Civil Veterinary Department. Madras. Admin. report 1910-25 - 1910-1925
Year: 1910
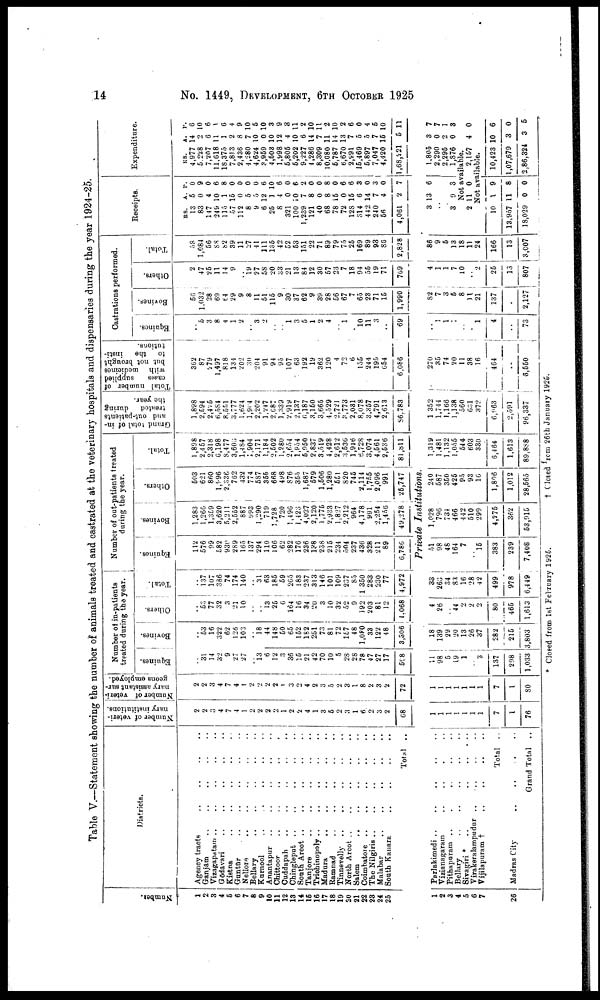
14
No. 1449, DEVELOPMENT, 6TH OCTOBER 1925
Table V.—Statement showing the number of animals treated and castrated at the veterinary hospitals and dispensaries during the year 1924-25.
Numbe r
.
1
2
3
4
5
6
7
8
9
10
11
12
13
11
15
16
17
18
19
20
21
22
23
24
25
1
2
3
4
5
6
7
26
Districts.
Agency tracts .. .. .. ..
Ganjam .. .. .. .. ..
Vizagapatam .. .. .. .. .. ..
Godavari .. .. .. ..
Kistna .. .. .. ..
Guntur .. .. .. ..
Neliore .. .. ..
Bellary .. .. .. ..
Karnool .. .. .. .. .. ..
Anantapur .. .. .. .. .. ..
Chittoor .. .. .. ..
Cuddapah .. .. .. .. .. ..
Chingleput .. .. .. .. .. ..
South Arcot .. .. .. .. .. ..
Tanjore .. .. .. .. .. ..
Trichinopoly .. .. .. .. .. ..
Madura
.. .. .. .. .. ..
Ramnad .. .. .. .. .. ..
Tinnevelly .. .. .. .. .. ..
North Arcot .. .. .. .. ..
Salem .. .. .. .. .. ..
Coimbatore .. .. .. ..
The Nilgiria .. .. .. .. .. .. ..
Malabar .. .. ..
South Kanara .. .. .. .. ..
Total
..
Parlakimedi ..
..
..
..
..
Vizianagaram
..
..
.
..
Pithapuram ..
.
..
..
..
Bellary .. .. .. ..
Sivagiri *
..
..
..
..
..
..
Virakeralampudur .. .. .. .. ..
Total
..
Madras City .. .. . ..
Grand Total
..
Number of veteri-
nary institutions.
2
2
3
4
7
4
1
2
2
2
2
1
2
2
4
1
3
5
2
3
1
6
2
3
2
68
1
1
1
1
1
1
1
7
1
76
Number of veteri-
nary assistant sur-
geons emploved.
2
2
3
4
7
4
1
2
2
2
2
1
3
2
4
2
3
5
2
3
1
8
2
3
2
72
1
1
1
1
1
1
1
7
1
80
Number of in-patients
treated during the year.
Equines.
..
31 14
32
9
27
27
.. 13
6
12
3
36
15
21
42
70
10
5
28
28
78
47
27
17
598
11
98
5
19
1
..
3
137
298
1,033
Bovines.
..
53
16
322
62
126
103
..
18
44
148
50
65
152
182
251
73
81
72
157
48
1,080
33
122
48
3,306
18
139
29
20
13
26
37
282
215
3,803
Others.
..
63
77
32
3
21
10
..
..
13
25
0
164
16
34
20
3
10
32
52
9
192
203
81
12
1.068
4
26
44
2
2
2
80
465
1,613
Total.
..
137
107
386
74
174
140
..
31
63
185
59
265
183
237
313
146
101
109
237
85
1 350
283
230
77
4,972
33
263
34
83
16
28
42
499
978
6,449
Number of out-patients treated
during the year.
Equines.
112
576
99
582
930
289
165
137
294
110
106
62
282
176
236
138
238
215
234
504
237
436
328
211
89
6,786
Bovines.
1,283
1,260
1,359
3,620
5,211
2,552
887
993
1,290
719
1,728
720
1,496
1,423
4,027
2,120
1,775
2,933
1.827
2,212
964
4,178
991
2,254
1,456
49,278
Others.
503
621
860
1,996
2,336
762
432
774
587
355
668
498
876
355
1,687
579
1,606
1,280
551
820
745
2,114
1,755
2,096
991
25,747
Private Institutions.
51
98
48
164
7
..
15
383
239
7,408
1,028
796
731
466
442
510
299
4,275
362
53,915
240
587
350
425
95
93
16
1,806
1,012
28,565
Total.
1,898
2,457
2,318
6,198
8,477
3,603
1,484
1,904
2,171
1,184
2,502
1,280
2,654
1,954
5,950
2,837
3,519
4,428
2,612
3,536
1,946
6,728
3,074
4,561
2,636
81,811
1,319
1,481
1,132
1,055
544
603
330
6,464
1,613
89,888
Grand total of in-
and out-patients
treated
during
the year.
1,898
2,594
2,475
6,584
8,551
3,777
1,624
1,904
2,202
1,247
2,687
1,339
2,919
2,137
6,187
3,150
3,665
4,529
2,721
3,773
2,031
8,078
3,357
4,791
2,613
86,783
1 352
1,744
1,166
1,138
560
631
372
6,963
2,591
96,337
Total number of
cases
supplied
with
medicines
but not brought
to
the
insti-
tutions.
362
87
279
1,497
818
134
202
30
204
91
94
95
107
63
192
19
362
120
4
72
6
155
244
195
654
6,086
270
35
74
20
11
38
16
464
..
6,550
Castrations performed.
Equines.
..
6
3
8
4
1
2
..
3
2
..
..
1
3
5
1
2
4
..
1
.
10
11
3
..
69
..
1
1
2
..
.
1
4
..
73
Bovines.
56
1,032
28
69
64
29
9
8
11
51
115
9
30
37
62
9
39
28
56
67
7
65
23
71
15
1,990
82
7
3
5
8
11
21
137
.
2,127
Others.
2
47
25
11
14
9
..
19
27
58
20
33
21
13
84
12
30
57
23
7
18
94
55
19
71
709
4
1
1
7
10
..
2
25
13
807
Total.
58
1,084
56
88
82
39
11
27
41
111
135
42
52
53
181
22
71
89
79
75
25
169
89
93
86
2,828
86
9
5
13
18
11
24
166
13
3,007
Receipts.
RS.
13
83
147
249
115
57
112
8
9
6
25
8
321
100
1,239
121
40
68
78
72
128
314
442
240
56
4,061
3
..
3
A.
5
0
4
10
1
15
0
5
5
12
1
4
0
10
7
8
0
8
15
0
15
6
14
7
4
2
13
9
P.
0
9
0
6
8
0
0
0
0
6
10
6
0
6
2
0
0
8
0
6
6
3
0
3
0
7
6
3
Expenditure.
RS.
4,977
5,228
7,207
11,618
18,375
7,8)3
2,436
4,280
4,624
3,959
4,503
1,998
5,806
6,202
9,227
4,286
8,309
10.080
5,787
6,670
2,991
15,469
5,897
7,047
4,420
1,68,221
1,805
2,290
2,295
1,876
Not
available.
2 11 0
2,157
Not available.
10
13,957
18,029
1
11
0
9
8
0
10,423 1
1,07,679
2,86,324
A.
14
2
6
11
1
2
8
7
10
0
10
12
4
10
6
14
7
11
14
13
7
5
5
7
16
5
3
0
2
0
4
0
3
3
P.
6
10
6
1
6
4
9
10
5
10
3
9
3
11
2
10
11
2
10
2
6
0
4
5
10
11
7
7
1
3
0
6
0
5
* Cloaed from 1stt February 1925.
† Closed from 26th January 1925.